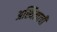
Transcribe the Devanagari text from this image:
अस्थित्वाची